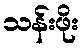
သန်းဖိုး